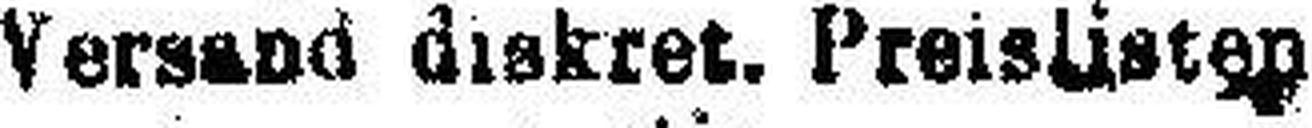
Versand diskret. Preislisten